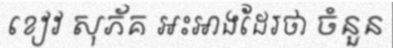
ខៀវ សុភ័គ អះអាងដែរថា ចំនួន